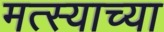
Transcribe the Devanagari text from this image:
मत्स्याच्या